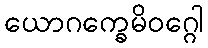
ယောဂက္ခေမိဝဂ္ဂေါ